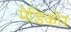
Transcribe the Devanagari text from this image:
मेडिकोर